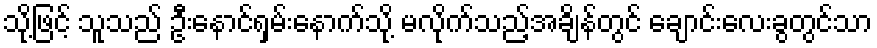
သို့ဖြင့် သူသည် ဦးနောင်ရှမ်းနောက်သို့ မလိုက်သည့်အချိန်တွင် ချောင်းလေးခွတွင်သာ